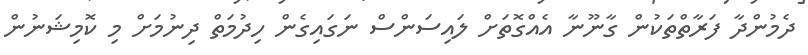
ދެމުންދާ ފަރާތްތަކުން ގާނޫނާ އެއްގޮތަށް ލައިސަންސް ނަގައިގެން ހިދުމަތް ދިނުމަށް މި ކޮމިޝަނުން